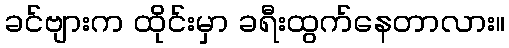
ခင်ဗျားက ထိုင်းမှာ ခရီးထွက်နေတာလား။